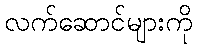
လက်ဆောင်များကို